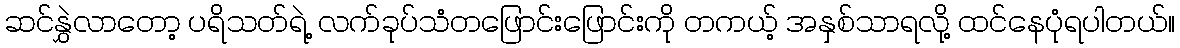
ဆင်နွှဲလာတော့ ပရိသတ်ရဲ့ လက်ခုပ်သံတဖြောင်းဖြောင်းကို တကယ့် အနှစ်သာရလို့ ထင်နေပုံရပါတယ်။